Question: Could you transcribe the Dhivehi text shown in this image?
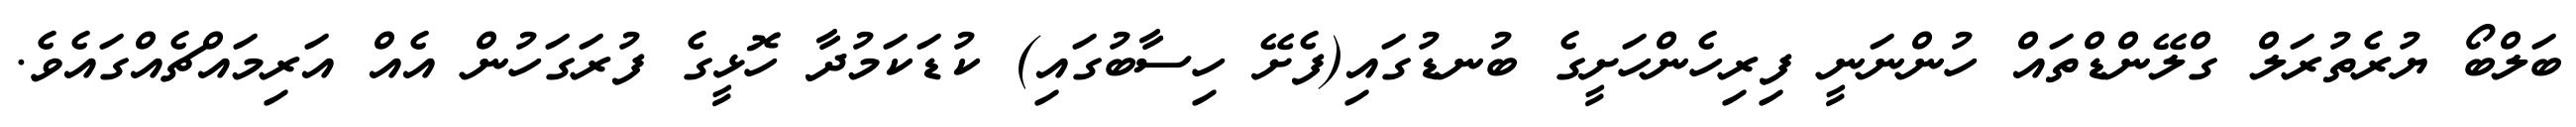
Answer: ބަލްބޯ ޔުރެތުރަލް ގްލޭންޑްތައް ހުންނަނީ ފިރިހެންހަށީގެ ބުނޑުގައި(ފެށޭ ހިސާބުގައި) ކުޑަކަމުދާ ހޮޅީގެ ފުރަގަހުން އެއް އަރިމައްޗެއްގައެވެ.